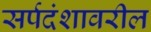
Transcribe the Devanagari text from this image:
सर्पदंशावरील